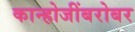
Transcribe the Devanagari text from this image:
कान्होजींबरोबर